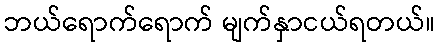
ဘယ်ရောက်ရောက် မျက်နှာငယ်ရတယ်။